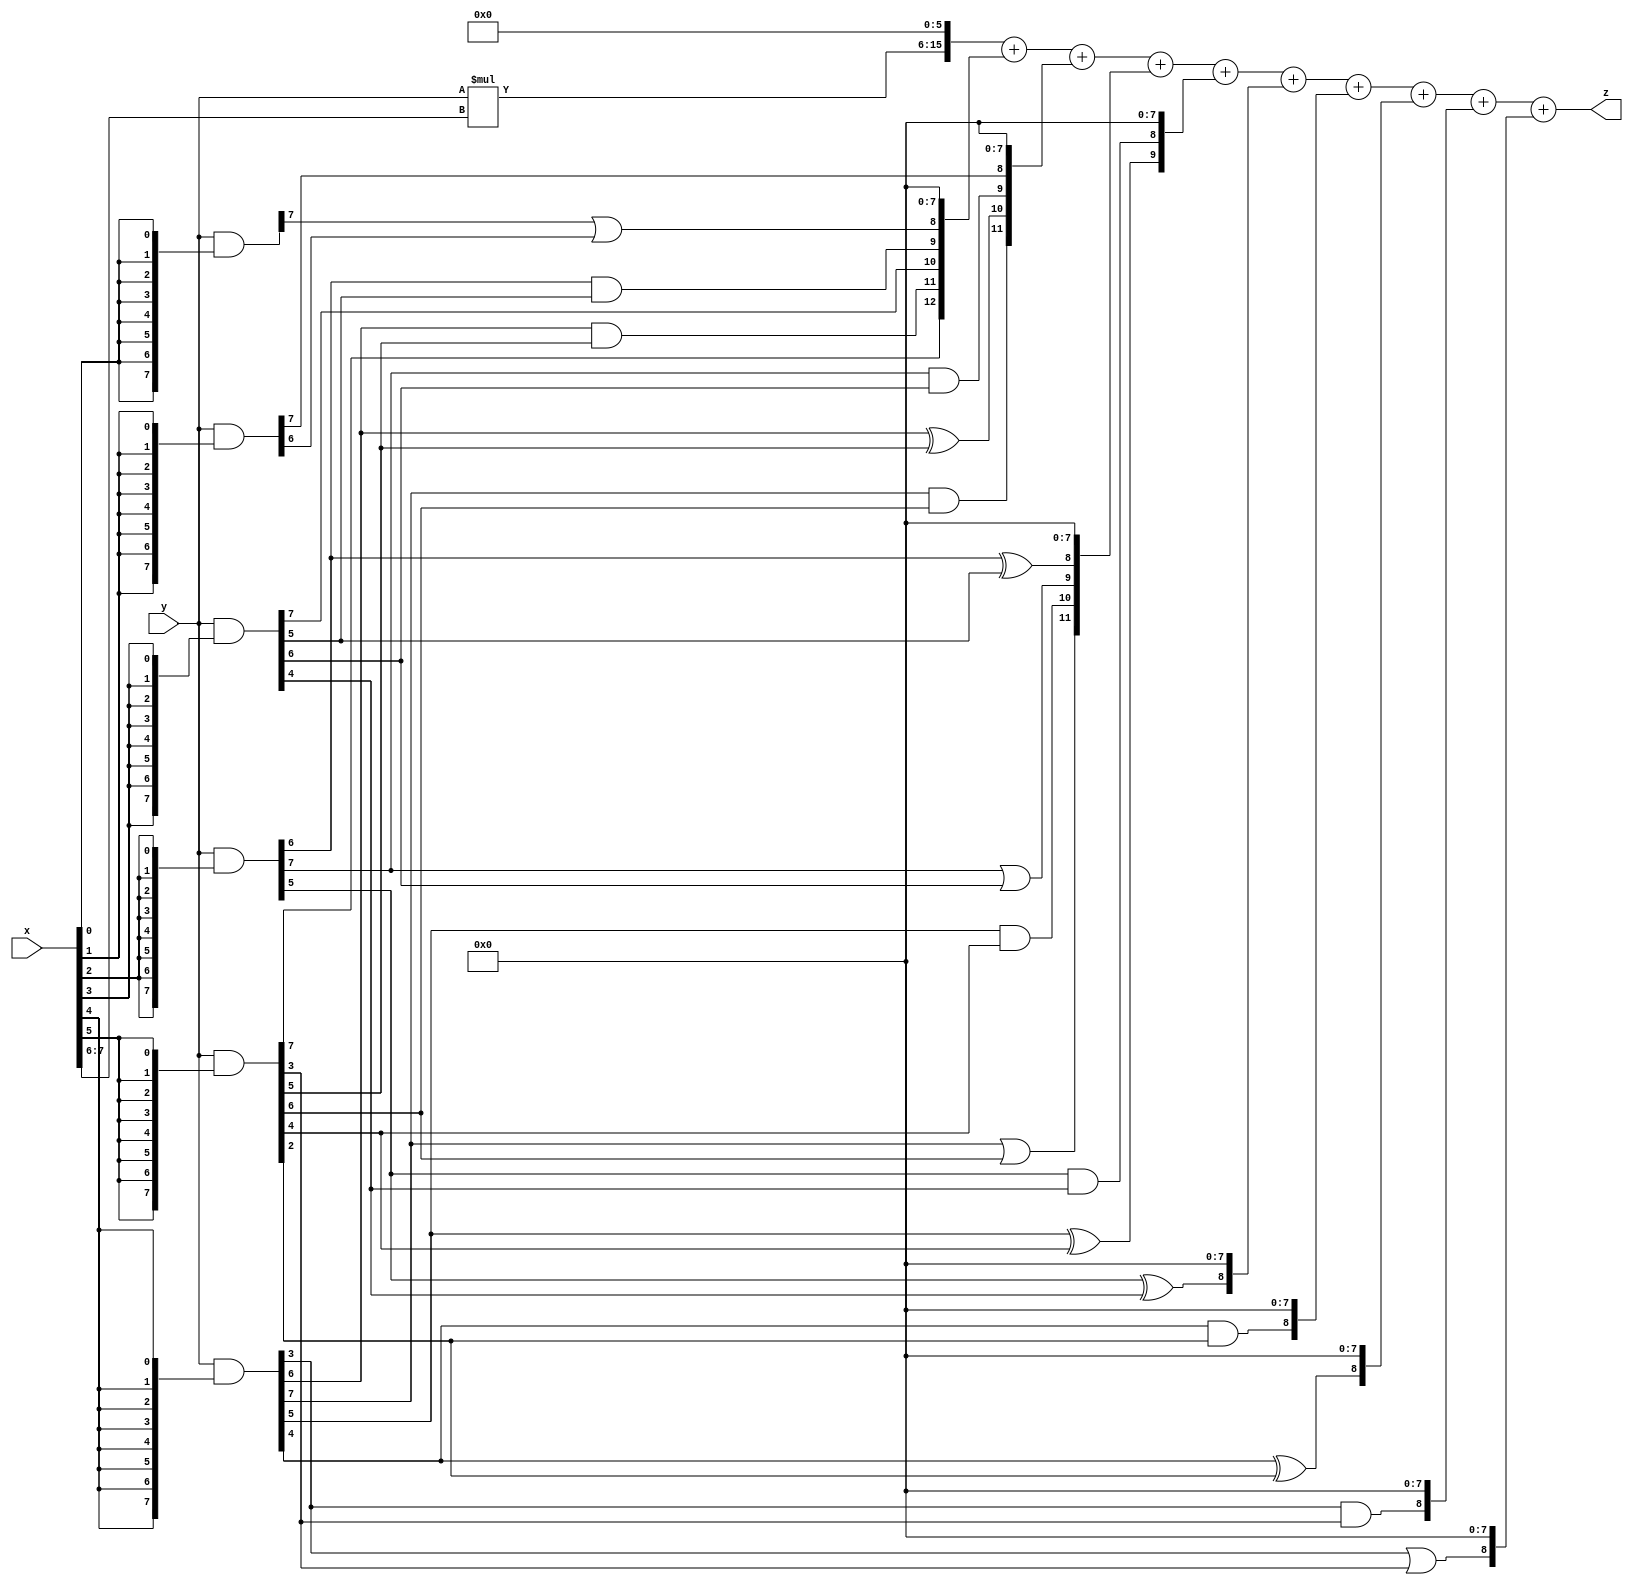
// terms: 20
// fval:  157758.25

module unsigned_exchange_8x8_l6_lamb7000_3 (
	input [7:0] x,
	input [7:0] y,
	output [15:0] z
);

wire [7:0] part1 =  y & {8{x[0]}};
wire [7:0] part2 =  y & {8{x[1]}};
wire [7:0] part3 =  y & {8{x[2]}};
wire [7:0] part4 =  y & {8{x[3]}};
wire [7:0] part5 =  y & {8{x[4]}};
wire [7:0] part6 =  y & {8{x[5]}};
wire [7:0] part7 =  y & {8{x[6]}};
wire [7:0] part8 =  y & {8{x[7]}};

wire [12:0] new_part1;
assign new_part1[0] = 0;
assign new_part1[1] = 0;
assign new_part1[2] = 0;
assign new_part1[3] = 0;
assign new_part1[4] = 0;
assign new_part1[5] = 0;
assign new_part1[6] = 0;
assign new_part1[7] = 0;
assign new_part1[8] = part1[7] | part2[6];
assign new_part1[9] = part3[6] & part4[5];
assign new_part1[10] = part4[7];
assign new_part1[11] = part5[6] & part6[5];
assign new_part1[12] = part6[7];

wire [11:0] new_part2;
assign new_part2[0] = 0;
assign new_part2[1] = 0;
assign new_part2[2] = 0;
assign new_part2[3] = 0;
assign new_part2[4] = 0;
assign new_part2[5] = 0;
assign new_part2[6] = 0;
assign new_part2[7] = 0;
assign new_part2[8] = part2[7];
assign new_part2[9] = part3[7] & part4[6];
assign new_part2[10] = part5[6] ^ part6[5];
assign new_part2[11] = part5[7] & part6[6];

wire [11:0] new_part3;
assign new_part3[0] = 0;
assign new_part3[1] = 0;
assign new_part3[2] = 0;
assign new_part3[3] = 0;
assign new_part3[4] = 0;
assign new_part3[5] = 0;
assign new_part3[6] = 0;
assign new_part3[7] = 0;
assign new_part3[8] = part3[6] ^ part4[5];
assign new_part3[9] = part3[7] | part4[6];
assign new_part3[10] = part5[5] & part6[4];
assign new_part3[11] = part5[7] | part6[6];

wire [9:0] new_part4;
assign new_part4[0] = 0;
assign new_part4[1] = 0;
assign new_part4[2] = 0;
assign new_part4[3] = 0;
assign new_part4[4] = 0;
assign new_part4[5] = 0;
assign new_part4[6] = 0;
assign new_part4[7] = 0;
assign new_part4[8] = part3[5] & part4[4];
assign new_part4[9] = part5[5] ^ part6[4];

wire [8:0] new_part5;
assign new_part5[0] = 0;
assign new_part5[1] = 0;
assign new_part5[2] = 0;
assign new_part5[3] = 0;
assign new_part5[4] = 0;
assign new_part5[5] = 0;
assign new_part5[6] = 0;
assign new_part5[7] = 0;
assign new_part5[8] = part3[5] ^ part4[4];

wire [8:0] new_part6;
assign new_part6[0] = 0;
assign new_part6[1] = 0;
assign new_part6[2] = 0;
assign new_part6[3] = 0;
assign new_part6[4] = 0;
assign new_part6[5] = 0;
assign new_part6[6] = 0;
assign new_part6[7] = 0;
assign new_part6[8] = part5[4] & part6[2];

wire [8:0] new_part7;
assign new_part7[0] = 0;
assign new_part7[1] = 0;
assign new_part7[2] = 0;
assign new_part7[3] = 0;
assign new_part7[4] = 0;
assign new_part7[5] = 0;
assign new_part7[6] = 0;
assign new_part7[7] = 0;
assign new_part7[8] = part5[4] ^ part6[2];

wire [8:0] new_part8;
assign new_part8[0] = 0;
assign new_part8[1] = 0;
assign new_part8[2] = 0;
assign new_part8[3] = 0;
assign new_part8[4] = 0;
assign new_part8[5] = 0;
assign new_part8[6] = 0;
assign new_part8[7] = 0;
assign new_part8[8] = part5[3] & part6[3];

wire [8:0] new_part9;
assign new_part9[0] = 0;
assign new_part9[1] = 0;
assign new_part9[2] = 0;
assign new_part9[3] = 0;
assign new_part9[4] = 0;
assign new_part9[5] = 0;
assign new_part9[6] = 0;
assign new_part9[7] = 0;
assign new_part9[8] = part5[3] | part6[3];

wire [9:0] tmp_z = y*x[7:6];

assign z = {tmp_z, 6'd 0} + new_part1 + new_part2 + new_part3 + new_part4 + new_part5 + new_part6 + new_part7 + new_part8 + new_part9;

endmodule